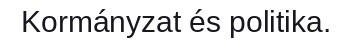
Kormányzat és politika.